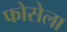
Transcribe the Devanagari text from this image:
फोसेला